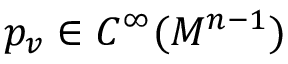
p _ { v } \in C ^ { \infty } ( M ^ { n - 1 } )